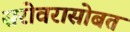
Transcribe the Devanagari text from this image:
सरोवरासोबत